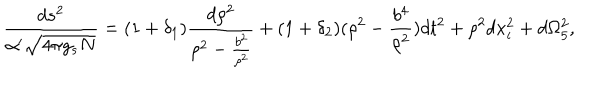
\frac { d s ^ { 2 } } { \alpha ^ { \prime } \sqrt { 4 \pi g _ { s } N } } = ( 1 + \delta _ { 1 } ) \frac { d \rho ^ { 2 } } { \rho ^ { 2 } - \frac { b ^ { 2 } } { \rho ^ { 2 } } } + ( 1 + \delta _ { 2 } ) ( \rho ^ { 2 } - \frac { b ^ { 4 } } { \rho ^ { 2 } } ) d t ^ { 2 } + \rho ^ { 2 } d x _ { i } ^ { 2 } + d \Omega _ { 5 } ^ { 2 } ,